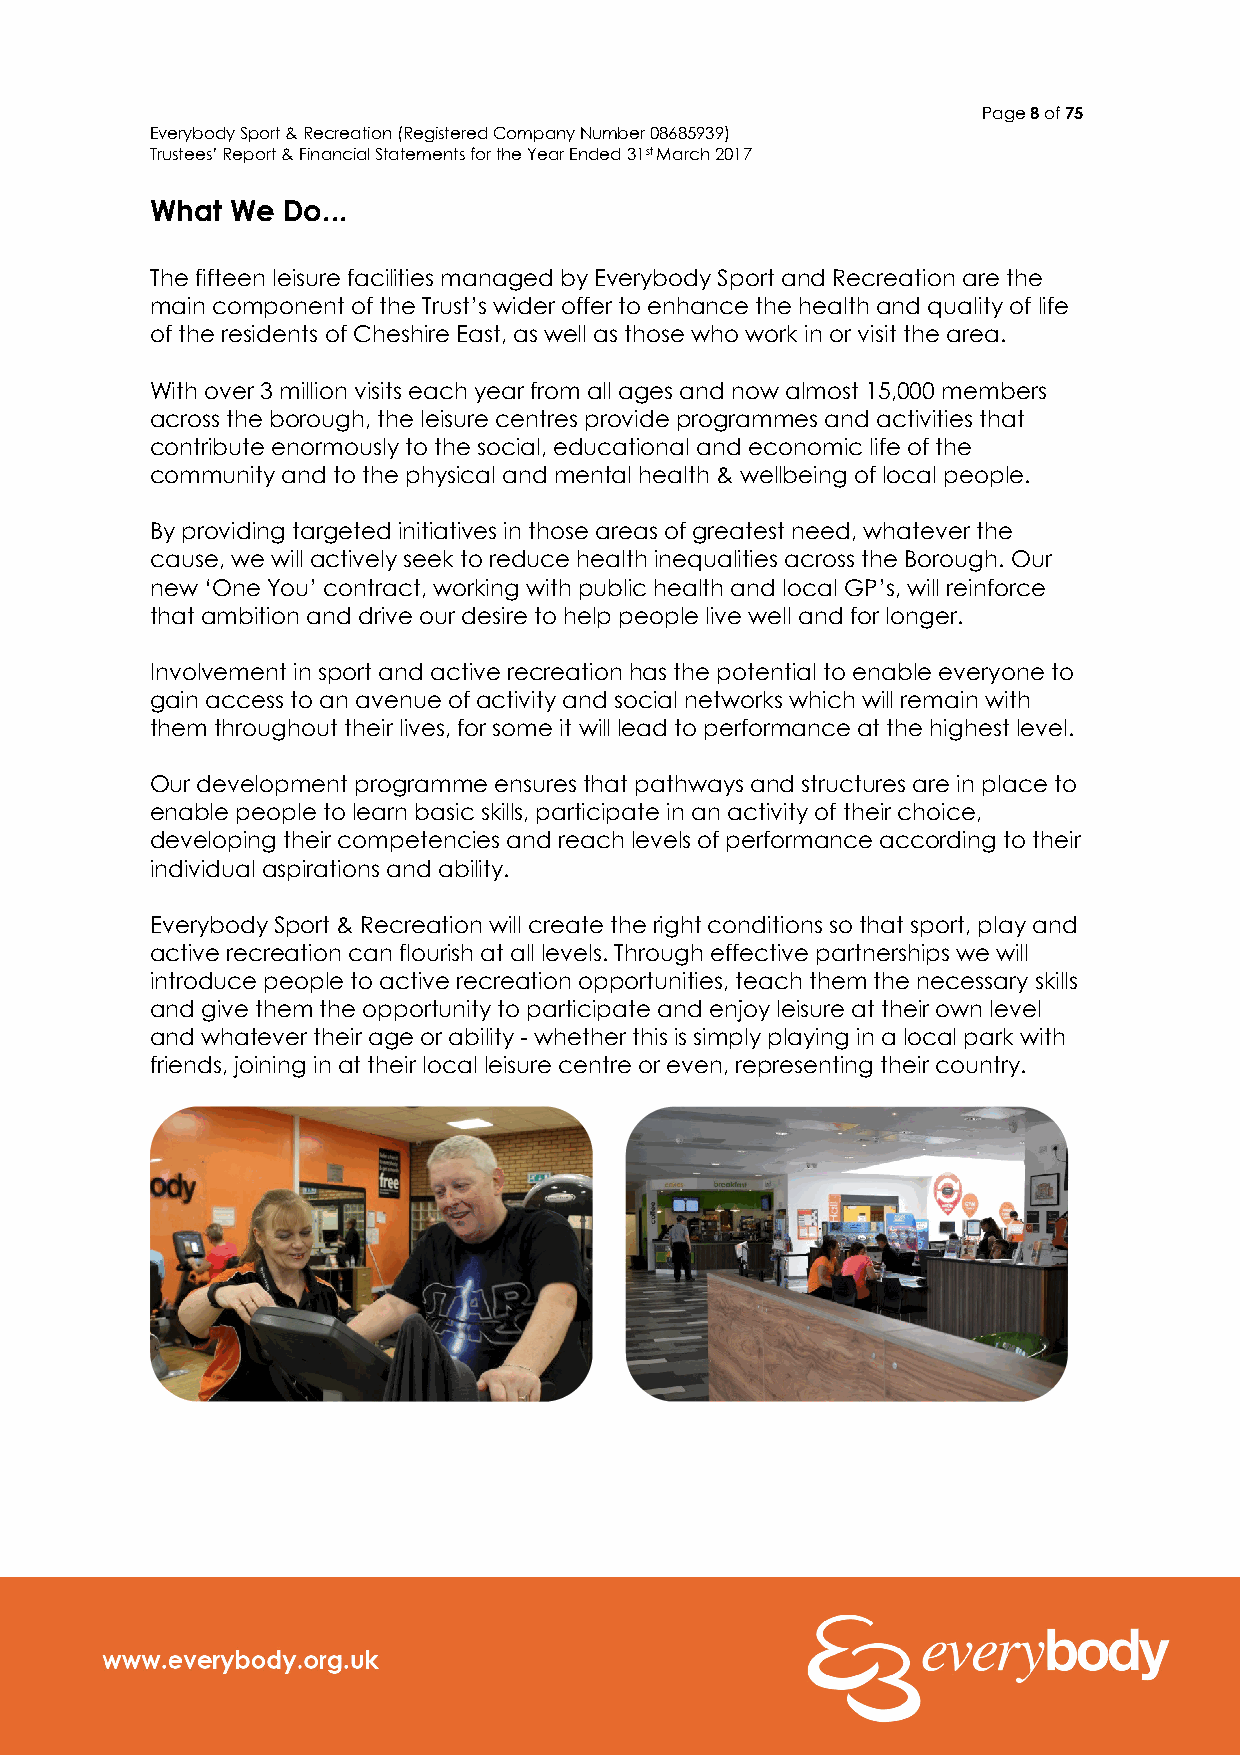
Page 8 of 75
 Everybody Sport & Recreation (Registered Company Number 08685939)
 Trustees’ Report & Financial Statements for the Year Ended 31st March 2017
 What We  Do...
 The fifteen leisure facilities managed by Everybody Sport and Recreation are the
 main component of the Trust’s wider offer to enhance the health and quality of life
 of the residents of Cheshire East, as well as those who work in or visit the area.
 With over 3 million visits each year from all ages and now almost 15,000 members
 across the borough, the leisure centres provide programmes and activities that
 contribute enormously to the social, educational and economic life of the
 community and to the physical and mental health & wellbeing of local people.
 By providing targeted initiatives in those areas of greatest need, whatever the
 cause, we will actively seek to reduce health inequalities across the Borough. Our
 new ‘One You’ contract, working with public health and local GP’s, will reinforce
 that ambition and drive our desire to help people live well and for longer.
 Involvement in sport and active recreation has the potential to enable everyone to
 gain access to an avenue of activity and social networks which will remain with
 them throughout their lives, for some it will lead to performance at the highest level.
 Our development programme ensures that pathways and structures are in place to
 enable people to learn basic skills, participate in an activity of their choice,
 developing their competencies and reach levels of performance according to their
 individual aspirations and ability.
 Everybody Sport & Recreation will create the right conditions so that sport, play and
 active recreation can flourish at all levels. Through effective partnerships we will
 introduce people to active recreation opportunities, teach them the necessary skills
 and give them the opportunity to participate and enjoy leisure at their own level
 and whatever their age or ability - whether this is simply playing in a local park with
 friends, joining in at their local leisure centre or even, representing their country.